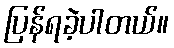
ပြန်ရခဲ့ပါတယ်။